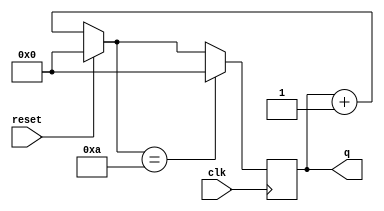
module top_module (
    input clk,
    input reset,        // Synchronous active-high reset
    output [3:0] q);
    
    always @ (posedge clk) begin
        if (reset)
            q = 0;
    	else
        	q = q +1;
    	if (q == 10)
            q = 0;
    end

endmodule